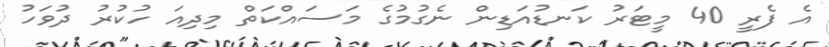
އެ ފެރީ 40 މީޓަރު ކަނޑުއަޑިން ނެގުމުގެ މަސައްކަތް މިދިއަ ހުކުރު ދުވަހު